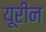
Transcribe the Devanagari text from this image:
यूरीन